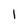
Character: 1